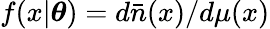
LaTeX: f(x|\boldsymbol{\theta})=d\bar{n}(x)/d\mu(x)